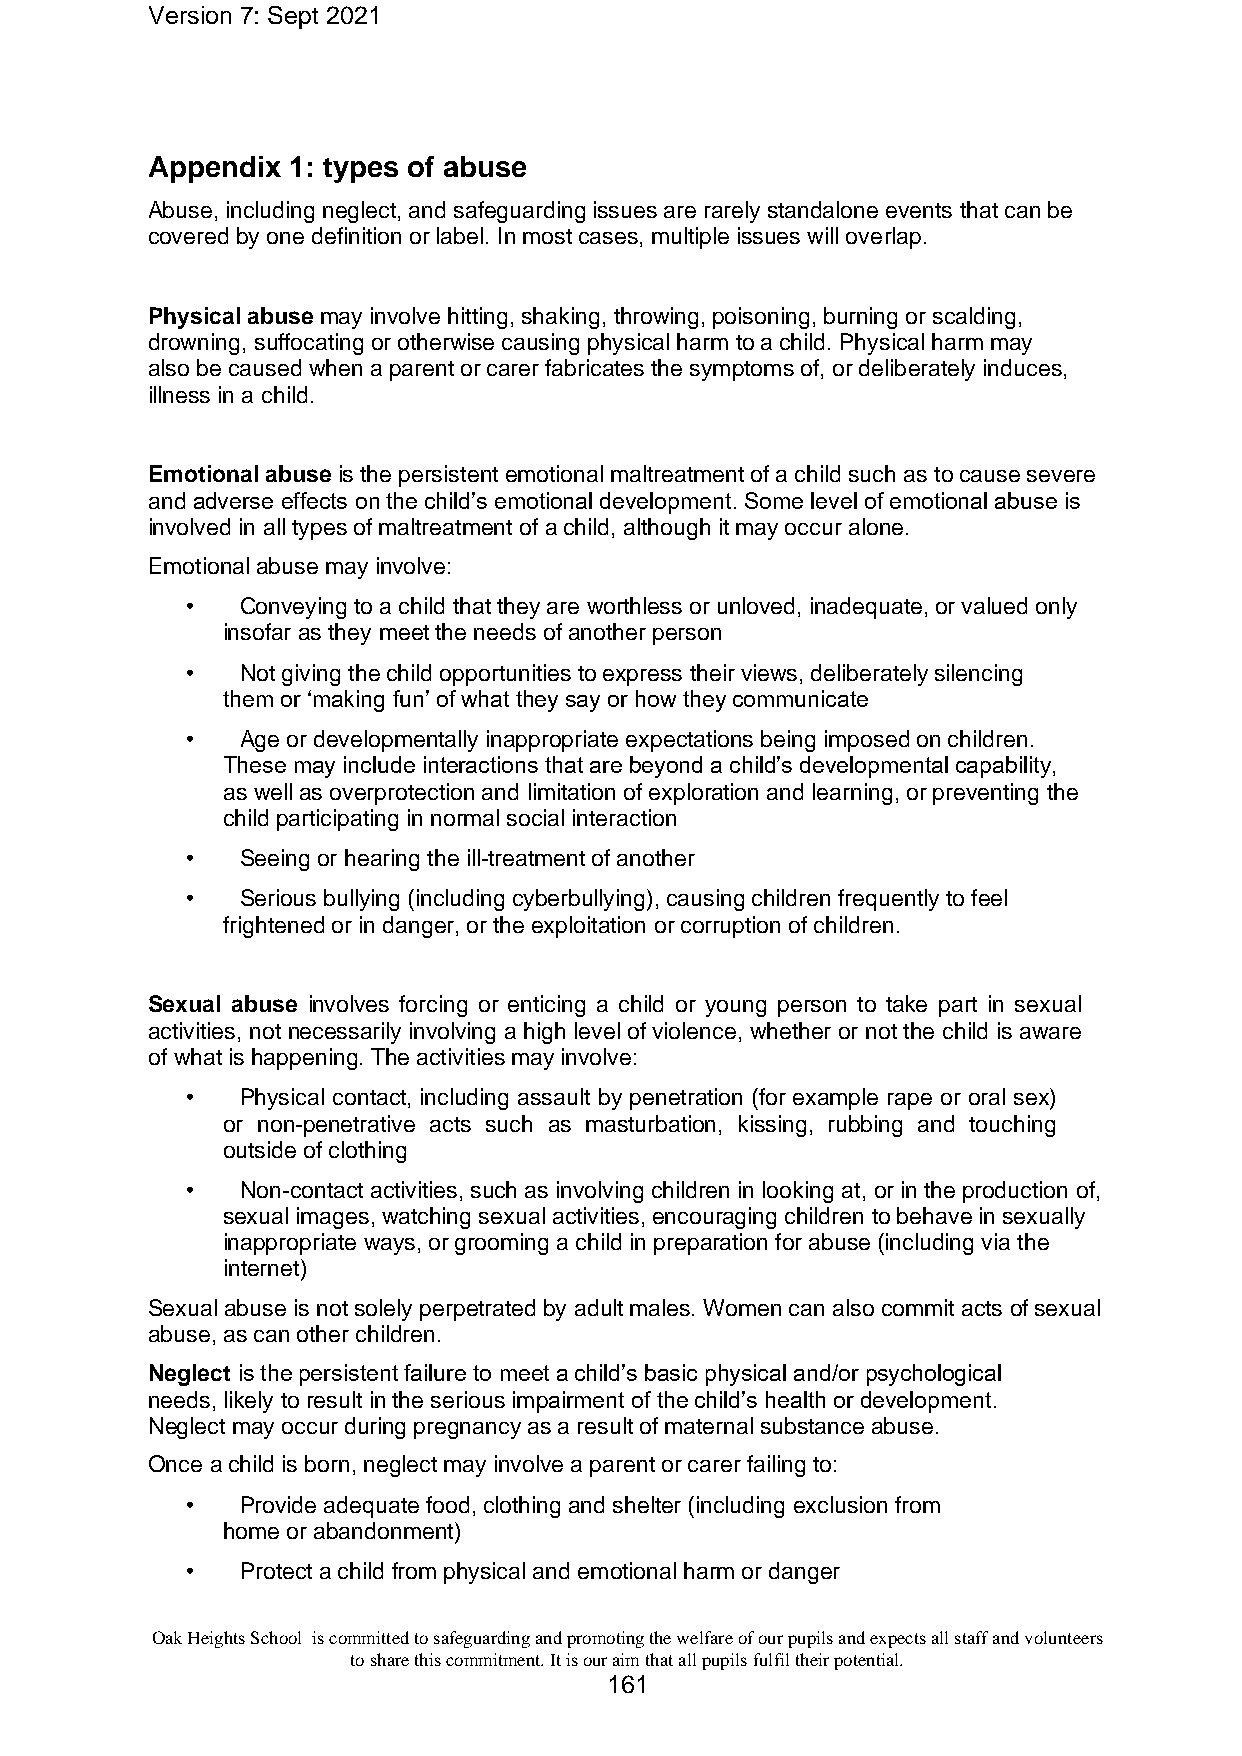
Version 7: Sept 2021
 Appendix 1: types of abuse
 Abuse, including neglect, and safeguarding issues are rarely standalone events that can be
 covered by one definition or label. In most cases, multiple issues will overlap.
 Physical abuse may involve hitting, shaking, throwing, poisoning, burning or scalding,
 drowning, suffocating or otherwise causing physical harm to a child. Physical harm may
 also be caused when a parent or carer fabricates the symptoms of, or deliberately induces,
 illness in a child.
 Emotional abuse is the persistent emotional maltreatment of a child such as to cause severe
 and adverse effects on the child’s emotional development. Some level of emotional abuse is
 involved in all types of maltreatment of a child, although it may occur alone.
 Emotional abuse may involve:
 •   Conveying to a child that they are worthless or unloved, inadequate, or valued only
 insofar as they meet the needs of another person
 •   Not giving the child opportunities to express their views, deliberately silencing
 them or ‘making fun’ of what they say or how they communicate
 •   Age or developmentally inappropriate expectations being imposed on children.
 These may include interactions that are beyond a child’s developmental capability,
 as well as overprotection and limitation of exploration and learning, or preventing the
 child participating in normal social interaction
 •   Seeing or hearing the ill-treatment of another
 •   Serious bullying (including cyberbullying), causing children frequently to feel
 frightened or in danger, or the exploitation or corruption of children.
 Sexual abuse involves forcing or enticing a child or young person to take part in sexual
 activities, not necessarily involving a high level of violence, whether or not the child is aware
 of what is happening. The activities may involve:
 •   Physical contact, including assault by penetration (for example rape or oral sex)
 or non-penetrative acts such as masturbation, kissing, rubbing and touching
 outside of clothing
 •   Non-contact activities, such as involving children in looking at, or in the production of,
 sexual images, watching sexual activities, encouraging children to behave in sexually
 inappropriate ways, or grooming a child in preparation for abuse (including via the
 internet)
 Sexual abuse is not solely perpetrated by adult males. Women can also commit acts of sexual
 abuse, as can other children.
 Neglect is the persistent failure to meet a child’s basic physical and/or psychological
 needs, likely to result in the serious impairment of the child’s health or development.
 Neglect may occur during pregnancy as a result of maternal substance abuse.
 Once a child is born, neglect may involve a parent or carer failing to:
 •   Provide adequate food, clothing and shelter (including exclusion from
 home or abandonment)
 •   Protect a child from physical and emotional harm or danger
 Oak Heights School is committed to safeguarding and promoting the welfare of our pupils and expects all staff and volunteers
 to share this commitment. It is our aim that all pupils fulfil their potential.
 161